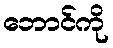
ဘောင်ကို